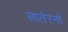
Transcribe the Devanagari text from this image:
सालेरनो